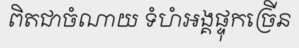
ពិតជាចំណាយ ទំហំអង្គផ្ទុកច្រើន